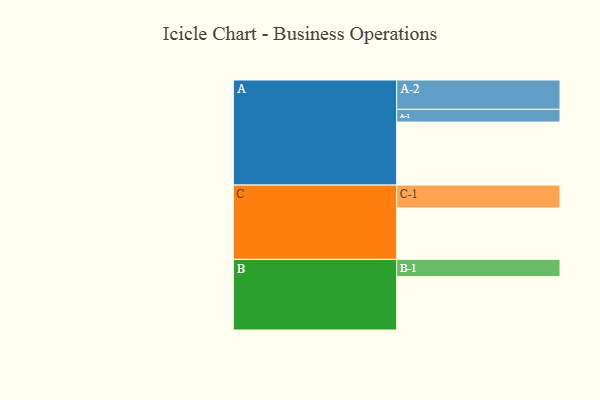
{"axis": {"x": "Segment", "y": "Value"}, "legend": ["", "A", "B", "C"], "data": [{"x": "A", "y": 563, "type": ""}, {"x": "B", "y": 477, "type": ""}, {"x": "C", "y": 459, "type": ""}, {"x": "A-1", "y": 114, "type": "A"}, {"x": "A-2", "y": 262, "type": "A"}, {"x": "B-1", "y": 154, "type": "B"}, {"x": "C-1", "y": 205, "type": "C"}]}